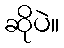
ဆိုပဲ။